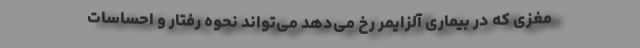
مغزی که در بیماری آلزایمر رخ می‌دهد می‌تواند نحوه رفتار و احساسات